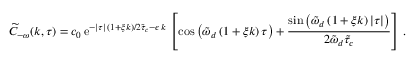
\widetilde { C } _ { - \omega } ( k , \tau ) = { c _ { 0 } } \, \mathrm { e } ^ { - \lvert \tau \rvert \, \left( 1 + \xi k \right) / 2 \tilde { \tau } _ { c } - \epsilon \, k } \, \left[ \cos \left( \tilde { \omega } _ { d } \left( 1 + \xi k \right) \tau \right) + \frac { \sin \left( \tilde { \omega } _ { d } \left( 1 + \xi k \right) \lvert \tau \rvert \right) } { 2 \tilde { \omega } _ { d } \tilde { \tau } _ { c } } \right] \, .